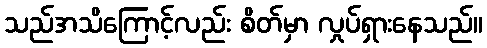
သည်အသိကြောင့်လည်း စိတ်မှာ လှုပ်ရှားနေသည်။